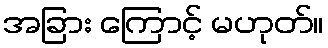
အခြား ကြောင့် မဟုတ်။